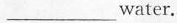
___water.